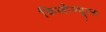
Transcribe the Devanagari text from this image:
किलोज्यूल्स